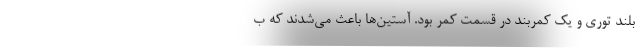
بلند توری و یک کمربند در قسمت کمر بود. آستین‌ها باعث می‌شدند که ب